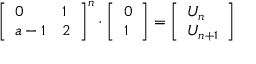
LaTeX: { \left[ \begin{array} { l l } { 0 } & { 1 } \\ { a - 1 } & { 2 } \end{array} \right] } ^ { n } \cdot { \left[ \begin{array} { l } { 0 } \\ { 1 } \end{array} \right] } = { \left[ \begin{array} { l } { U _ { n } } \\ { U _ { n + 1 } } \end{array} \right] }